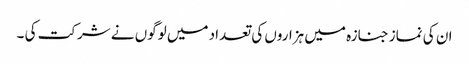
ان کی نماز جنازہ میں ہزاروں کی تعداد میں لوگوں نے شرکت کی ۔